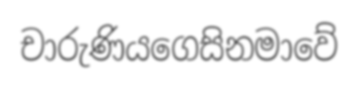
චාරුණියගෙසිනමාවේ